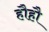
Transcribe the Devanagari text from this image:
हौहौ